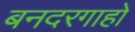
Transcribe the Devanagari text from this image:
बनदरगाहों